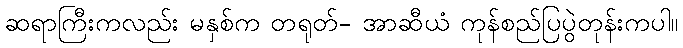
ဆရာကြီးကလည်း မနှစ်က တရုတ်- အာဆီယံ ကုန်စည်ပြပွဲတုန်းကပါ။